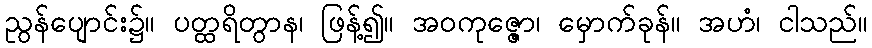
ညွန်ပျောင်း၌။ ပတ္ထရိတွာန၊ ဖြန့်၍။ အဝကုဇ္ဇော၊ မှောက်ခုန်။ အဟံ၊ ငါသည်။